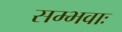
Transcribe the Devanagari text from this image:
सम्भवाः